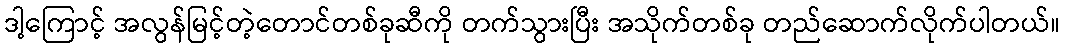
ဒါ့ကြောင့် အလွန်မြင့်တဲ့တောင်တစ်ခုဆီကို တက်သွားပြီး အသိုက်တစ်ခု တည်ဆောက်လိုက်ပါတယ်။